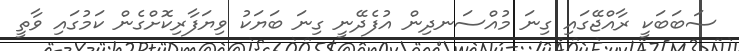
ސަބަބަކީ ރާއްޖޭގައި ގިނަ މުއްސަނދިން އުފެދޭނީ ގިނަ ބަޔަކު ވިޔަފާރިކޮށްގެން ކަމުގައި ވާތީ